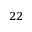
^ { 2 2 }